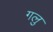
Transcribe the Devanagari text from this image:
गलु